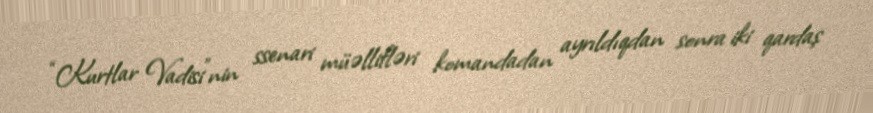
“Kurtlar Vadisi”nin ssenari müəllifləri komandadan ayrıldıqdan sonra iki qardaş